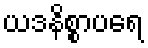
ယဒနိစ္စာပရေ